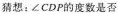
猜想：∠CDP的度数是否